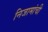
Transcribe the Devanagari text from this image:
निजामांची